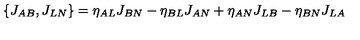
\{ J _ { A B } , J _ { L N } \} = \eta _ { A L } J _ { B N } - \eta _ { B L } J _ { A N } + \eta _ { A N } J _ { L B } - \eta _ { B N } J _ { L A }